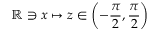
\mathbb { R } \ni x \mapsto z \in \left( - \frac { \pi } { 2 } , \frac { \pi } { 2 } \right)